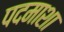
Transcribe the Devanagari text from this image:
पदमाशा